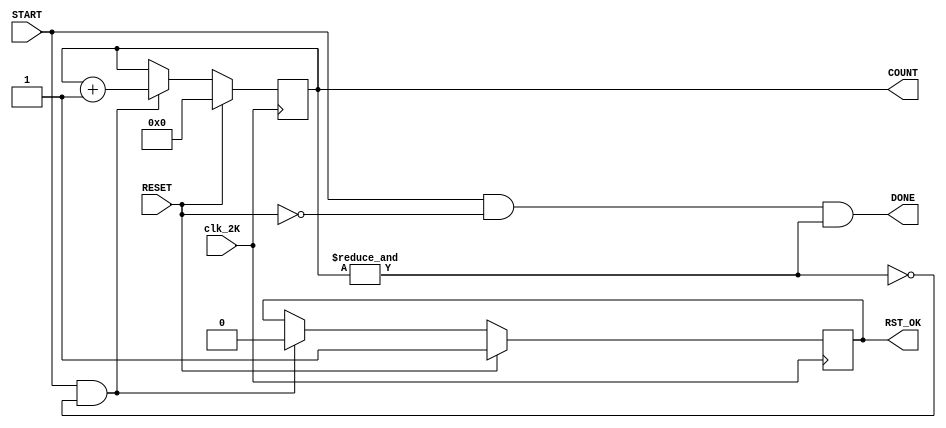
module timer
#(parameter WIDTH=12)
(
    input clk_2K,   // 2 kHz clock
    // -----------------------------------------------
    input START,    // Input to activate the counter on the 2 kHz clock
    input RESET,    // Input to reset the counter to 0
    // -----------------------------------------------
    output [WIDTH - 1:0] COUNT, // Counter output
    output wire DONE,   // Output indicating if the time has elapsed
    output reg RST_OK   // Indicates if the counter has been successfully reset
);

    // Register to store the counter value
    reg [WIDTH - 1:0] r_count;

    // Increment the counter on the rising edge of the 2 kHz clock if START is
    // true
    always @ (posedge clk_2K)
    begin
        if (RESET)
        begin
            r_count <= 0;
            RST_OK <= 1;
        end

        // The ~& operator performs a NAND operation on the counter and returns
        // 0 if all its bits are 1
        else if ((START)&&(~&r_count))
        begin
            r_count <= r_count + 1;
            RST_OK <= 0;
        end
    end

    // Ternary assignment for the DONE output
    assign DONE = 1? ((START)&&(!RESET)&&(&r_count)): 0;

    // Assign the output as the value of the register
    assign COUNT = r_count;

endmodule